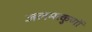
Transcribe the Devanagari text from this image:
जलमत्कुणों